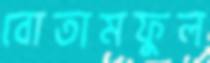
বোতামফুল